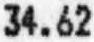
34.62